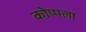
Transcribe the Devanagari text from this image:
कोप्पला